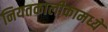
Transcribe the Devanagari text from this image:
नियतकालीकामध्ये